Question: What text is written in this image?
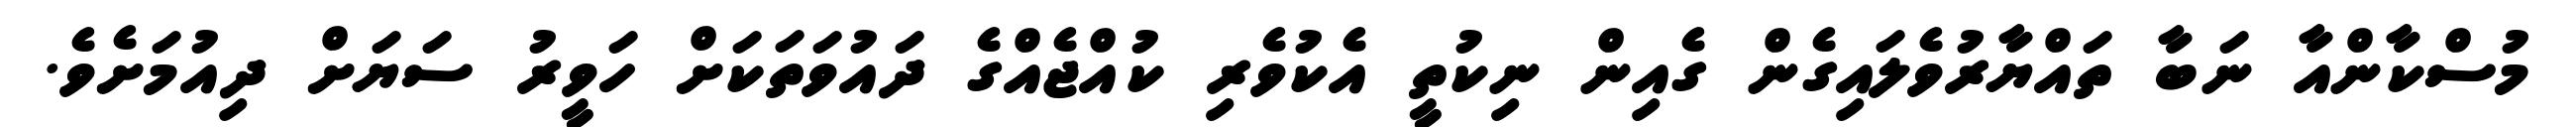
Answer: މުސްކާންއާ ނަބާ ތައްޔާރުވެލައިގެން ގެއިން ނިކުތީ އެކުވެރި ކުއްޖެއްގެ ދައުވަތަކަށް ހަވީރު ސަޔަށް ދިއުމަށެވެ.